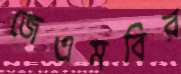
জেএমবির